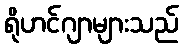
ရိုဟင်ဂျာများသည်